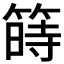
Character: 𥱯